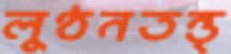
লুণ্ঠনতন্ত্